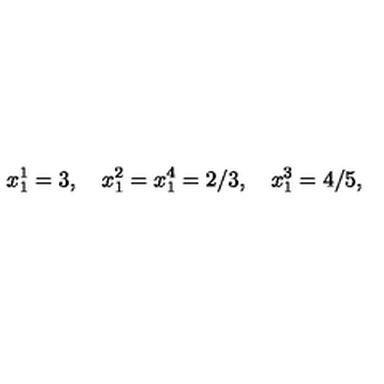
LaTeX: x _ { 1 } ^ { 1 } = 3 , \quad x _ { 1 } ^ { 2 } = x _ { 1 } ^ { 4 } = 2 / 3 , \quad x _ { 1 } ^ { 3 } = 4 / 5 ,